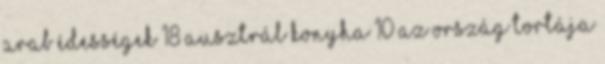
arab édességek 18 ausztrál konyha 10 az ország tortája